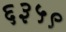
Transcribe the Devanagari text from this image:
६३५९